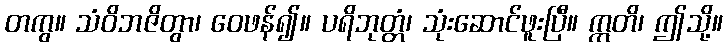
တကွ။ သံဝိဘဇိတွာ၊ ဝေဖန်၍။ ပရိဘုတ္တံ၊ သုံးဆောင်ဖူးပြီ။ ဣတိ၊ ဤသို့။